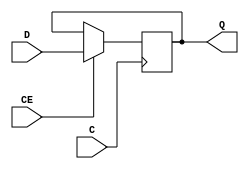
// $Header: /devl/xcs/repo/env/Databases/CAEInterfaces/xec_libs/data/unisims/FDE_1.v,v 1.1 2005/05/10 01:20:03 wloo Exp $

/*

FUNCTION	: D-FLIP-FLOP with clock enable

*/

`celldefine
`timescale  100 ps / 10 ps

module FDE_1 (Q, C, CE, D);

    parameter INIT = 1'b0;

    output Q;
    reg    Q;

    input  C, CE, D;

	always @(negedge C)
	    if (CE)
		Q <= D;

endmodule